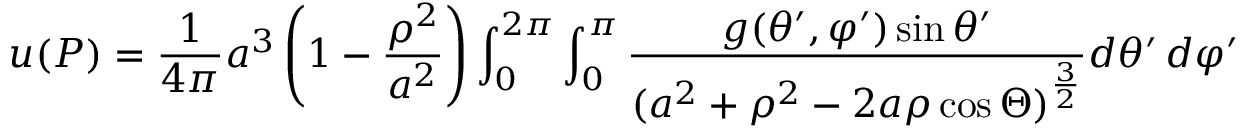
u ( P ) = { \frac { 1 } { 4 \pi } } a ^ { 3 } \left( 1 - { \frac { \rho ^ { 2 } } { a ^ { 2 } } } \right) \int _ { 0 } ^ { 2 \pi } \int _ { 0 } ^ { \pi } { \frac { g ( \theta ^ { \prime } , \varphi ^ { \prime } ) \sin \theta ^ { \prime } } { ( a ^ { 2 } + \rho ^ { 2 } - 2 a \rho \cos \Theta ) ^ { \frac { 3 } { 2 } } } } d \theta ^ { \prime } \, d \varphi ^ { \prime }